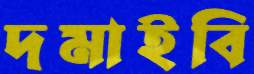
দমাইবি